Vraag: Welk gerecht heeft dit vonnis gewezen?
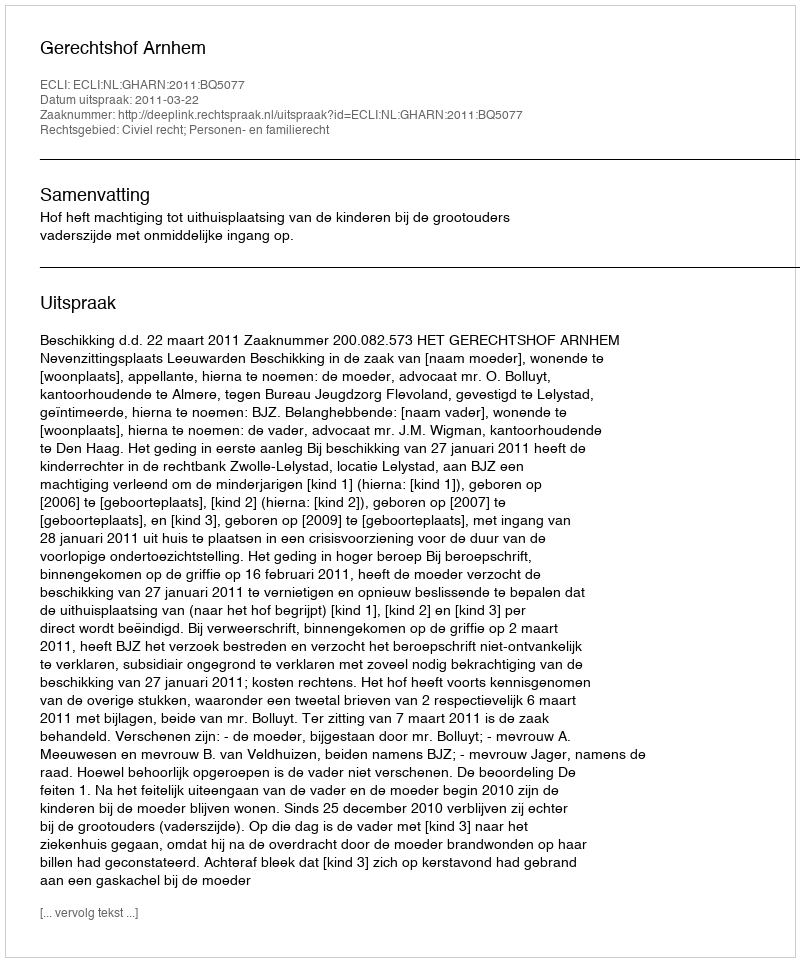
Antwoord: Gerechtshof Arnhem